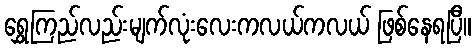
ရွှေကြည်လည်းမျက်လုံးလေးကလယ်ကလယ် ဖြစ်နေရပြီ။